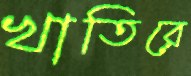
খাতিরে